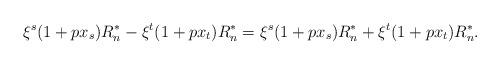
LaTeX: \begin{align*}\xi^s (1+px_s)R_n^* - \xi^t (1+px_t)R_n^* &= \xi^s (1+px_s)R_n^* + \xi^t (1+px_t)R_n^*.\end{align*}